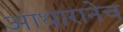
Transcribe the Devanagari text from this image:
आधारानेच